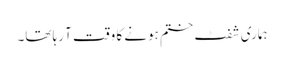
ہماری شفٹ ختم ہونے کا وقت آ رہا تھا۔